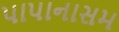
પાપાનાસમ